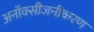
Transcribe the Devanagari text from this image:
अनॉक्सीजनीकरण